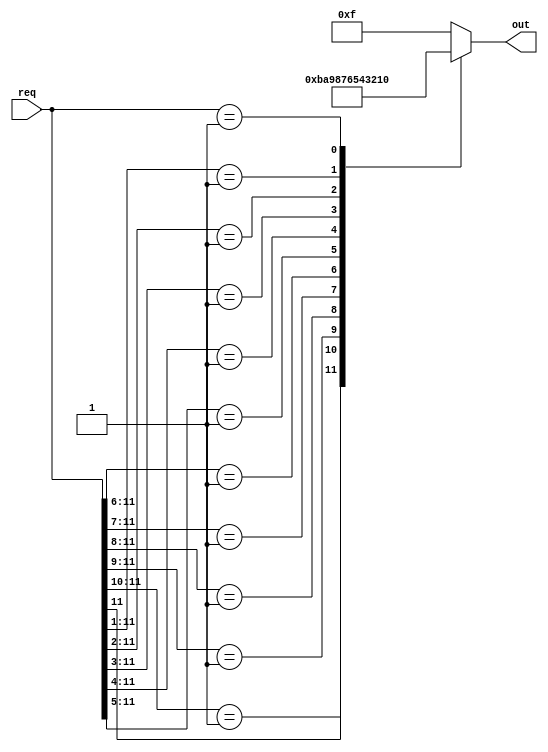
`timescale 1ns / 1ps
//////////////////////////////////////////////////////////////////////////////////
// Company: 
// Engineer: 
// 
// Design Name: 
// Module Name: priority_encoder_12b
// Project Name: 
// Target Devices: 
// Tool Versions: 
// Description: 
// 
// Dependencies: 
// 
// Revision:
// Revision 0.01 - File Created
// Additional Comments:
// 
//////////////////////////////////////////////////////////////////////////////////


module priority_encoder_12b(
    input [11:0] req,
    output reg [3:0] out
    );
    
    always @*
        begin
            casex(req)
                12'b1???????????: out = 4'b1011; //11
                12'b01??????????: out = 4'b1010; //10
                12'b001?????????: out = 4'b1001; //9
                12'b0001????????: out = 4'b1000; //8
                12'b00001???????: out = 4'b0111; //7
                12'b000001??????: out = 4'b0110; //6
                12'b0000001?????: out = 4'b0101; //5
                12'b00000001????: out = 4'b0100; //4
                12'b000000001???: out = 4'b0011; //3
                12'b0000000001??: out = 4'b0010; //2
                12'b00000000001?: out = 4'b0001; //1
                12'b000000000001: out = 4'b0000; //0
                default: out = 4'b1111; //no 1 bit, set to 15 for F on seven seg disp
            endcase
        end
    
endmodule